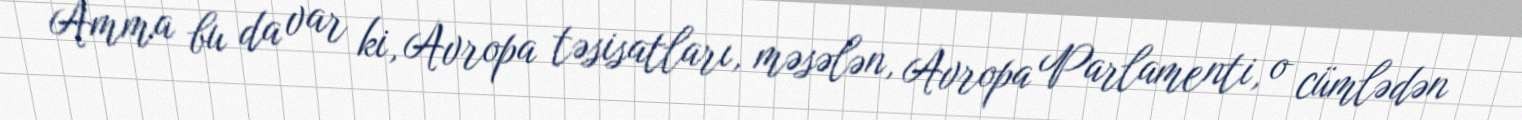
Amma bu da var ki, Avropa təsisatları, məsələn, Avropa Parlamenti, o cümlədən